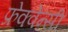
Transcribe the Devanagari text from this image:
फ्रेक्वेन्सी